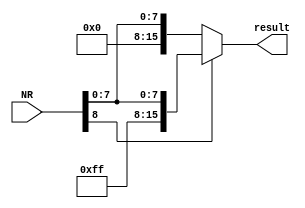
//////////////////////////////////////////////////////////////////////////////////
// Team: 
// Member: 
// 
// Module Name:    Control_Unit 
// Project Name:   Pocket_Calculator_Processor
//
// Additional Comments: 
//
//////////////////////////////////////////////////////////////////////////////////

module SEU( 
 input [8:0]NR,
 //input enable,
 output [15:0]result   
 );
 
/*
 reg [7:0]aux;
 reg [15:0]buff;
 
always @ (enable)
begin
  if(enable) begin
    if( NR[8] == 0 )
        begin
        result = {8'd0, NR[7:0]};  
        end
    else if( NR[8] == 1 && NR[7:0] != 0)
        begin
           aux = ~NR[7:0];           //complementam bitii
           buff = {8'b11111111,aux}; //punem masca pt nr negative
           result = buff + 1;        // adunam 1 pt complement de 2       
        end
    else result = 16'd0;
    end
end
endmodule */


assign result = NR[8] ? {8'b11111111,NR[7:0]} : {8'd0, NR[7:0]};

endmodule